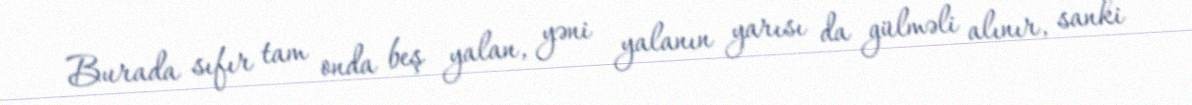
Burada sıfır tam onda beş yalan, yəni yalanın yarısı da gülməli alınır, sanki